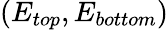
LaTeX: (E_{top},E_{bottom})